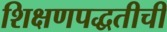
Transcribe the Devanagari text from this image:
शिक्षणपद्धतीची